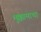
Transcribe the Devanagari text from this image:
मुक्कामाचा